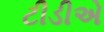
ટીડીએ